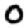
Digit: 0